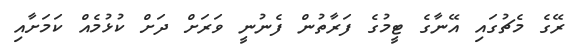
ރޭގެ މެޗުގައި އޭނާގެ ޓީމުގެ ފަރާތުން ފެނުނީ ވަރަށް ދަށް ކުޅުމެއް ކަމަށާއި